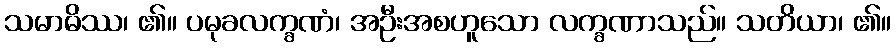
သမာဓိဿ၊ ၏။ ပမုခလက္ခဏံ၊ အဦးအစဟူသော လက္ခဏာသည်။ သတိယာ၊ ၏။